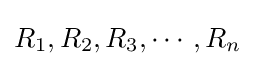
R_{1},R_{2},R_{3},\cdots ,R_{n}